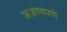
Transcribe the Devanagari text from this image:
अज़ाणपणे